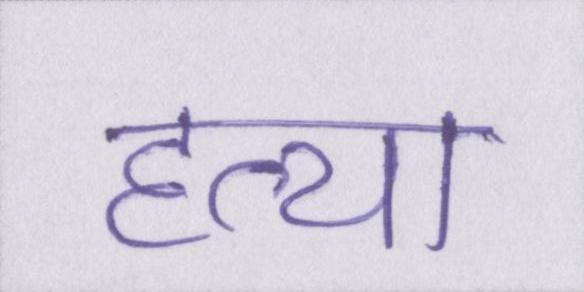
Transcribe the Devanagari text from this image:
हत्या